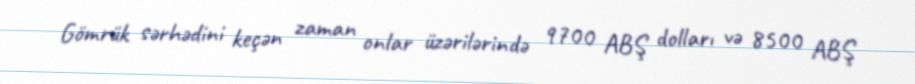
Gömrük sərhədini keçən zaman onlar üzərilərində 9700 ABŞ dolları və 8500 ABŞ